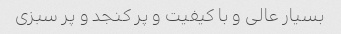
بسیار عالی و با کیفیت و پر کنجد و پر سبزی